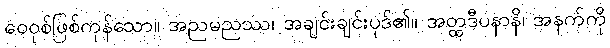
ဝေဝုစ်ဖြစ်ကုန်သော။ အညမညဿ၊ အချင်းချင်းပုဒ်၏။ အတ္ထဒီပနာနိ၊ အနက်ကို